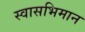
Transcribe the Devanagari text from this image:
स्वासभिमान